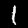
Label: 1